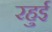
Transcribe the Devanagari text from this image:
रहुई